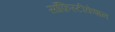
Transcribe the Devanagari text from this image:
सॉफ़िस्टीकेशन